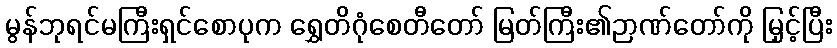
မွန်ဘုရင်မကြီးရှင်စောပုက ရွှေတိဂုံစေတီတော် မြတ်ကြီး၏ဉာဏ်တော်ကို မြှင့်ပြီး